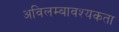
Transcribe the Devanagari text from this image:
अविलम्बावश्यकता